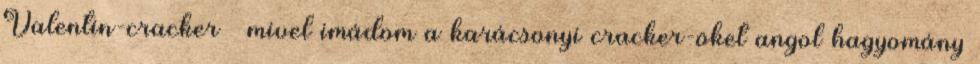
Valentin-cracker – mivel imádom a karácsonyi cracker-öket angol hagyomány